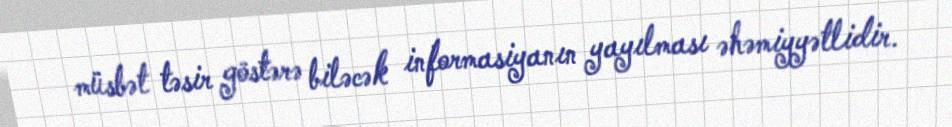
müsbət təsir göstərə biləcək informasiyanın yayılması əhəmiyyətlidir.